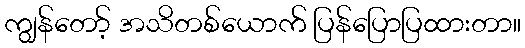
ကျွန်တော့် အသိတစ်ယောက် ပြန်ပြောပြထားတာ။